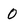
Character: 0